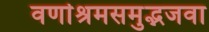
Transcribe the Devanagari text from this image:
वर्णाश्रमसमुद्भजवा